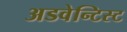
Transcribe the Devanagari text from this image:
अडवेन्टिस्ट